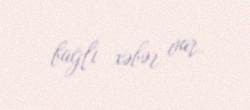
bağlı xəbər var.